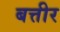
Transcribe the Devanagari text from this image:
बत्तीर